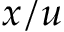
x / u